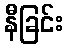
နီခြင်း